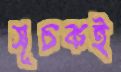
সূচকই